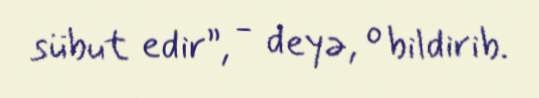
sübut edir”, - deyə, o bildirib.